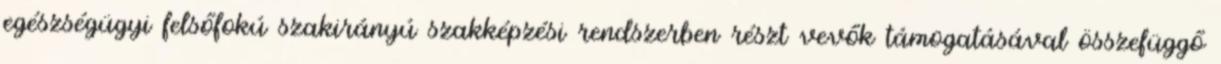
egészségügyi felsőfokú szakirányú szakképzési rendszerben részt vevők támogatásával összefüggő